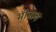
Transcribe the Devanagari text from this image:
मीनाब